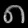
Digit: ၈